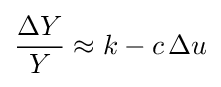
{\frac {\Delta Y}{Y}}\approx k-c\,\Delta u